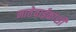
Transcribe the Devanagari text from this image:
नातेवाईकांशी